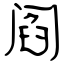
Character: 阎